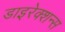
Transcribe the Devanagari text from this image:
डाइरेक्शन्स